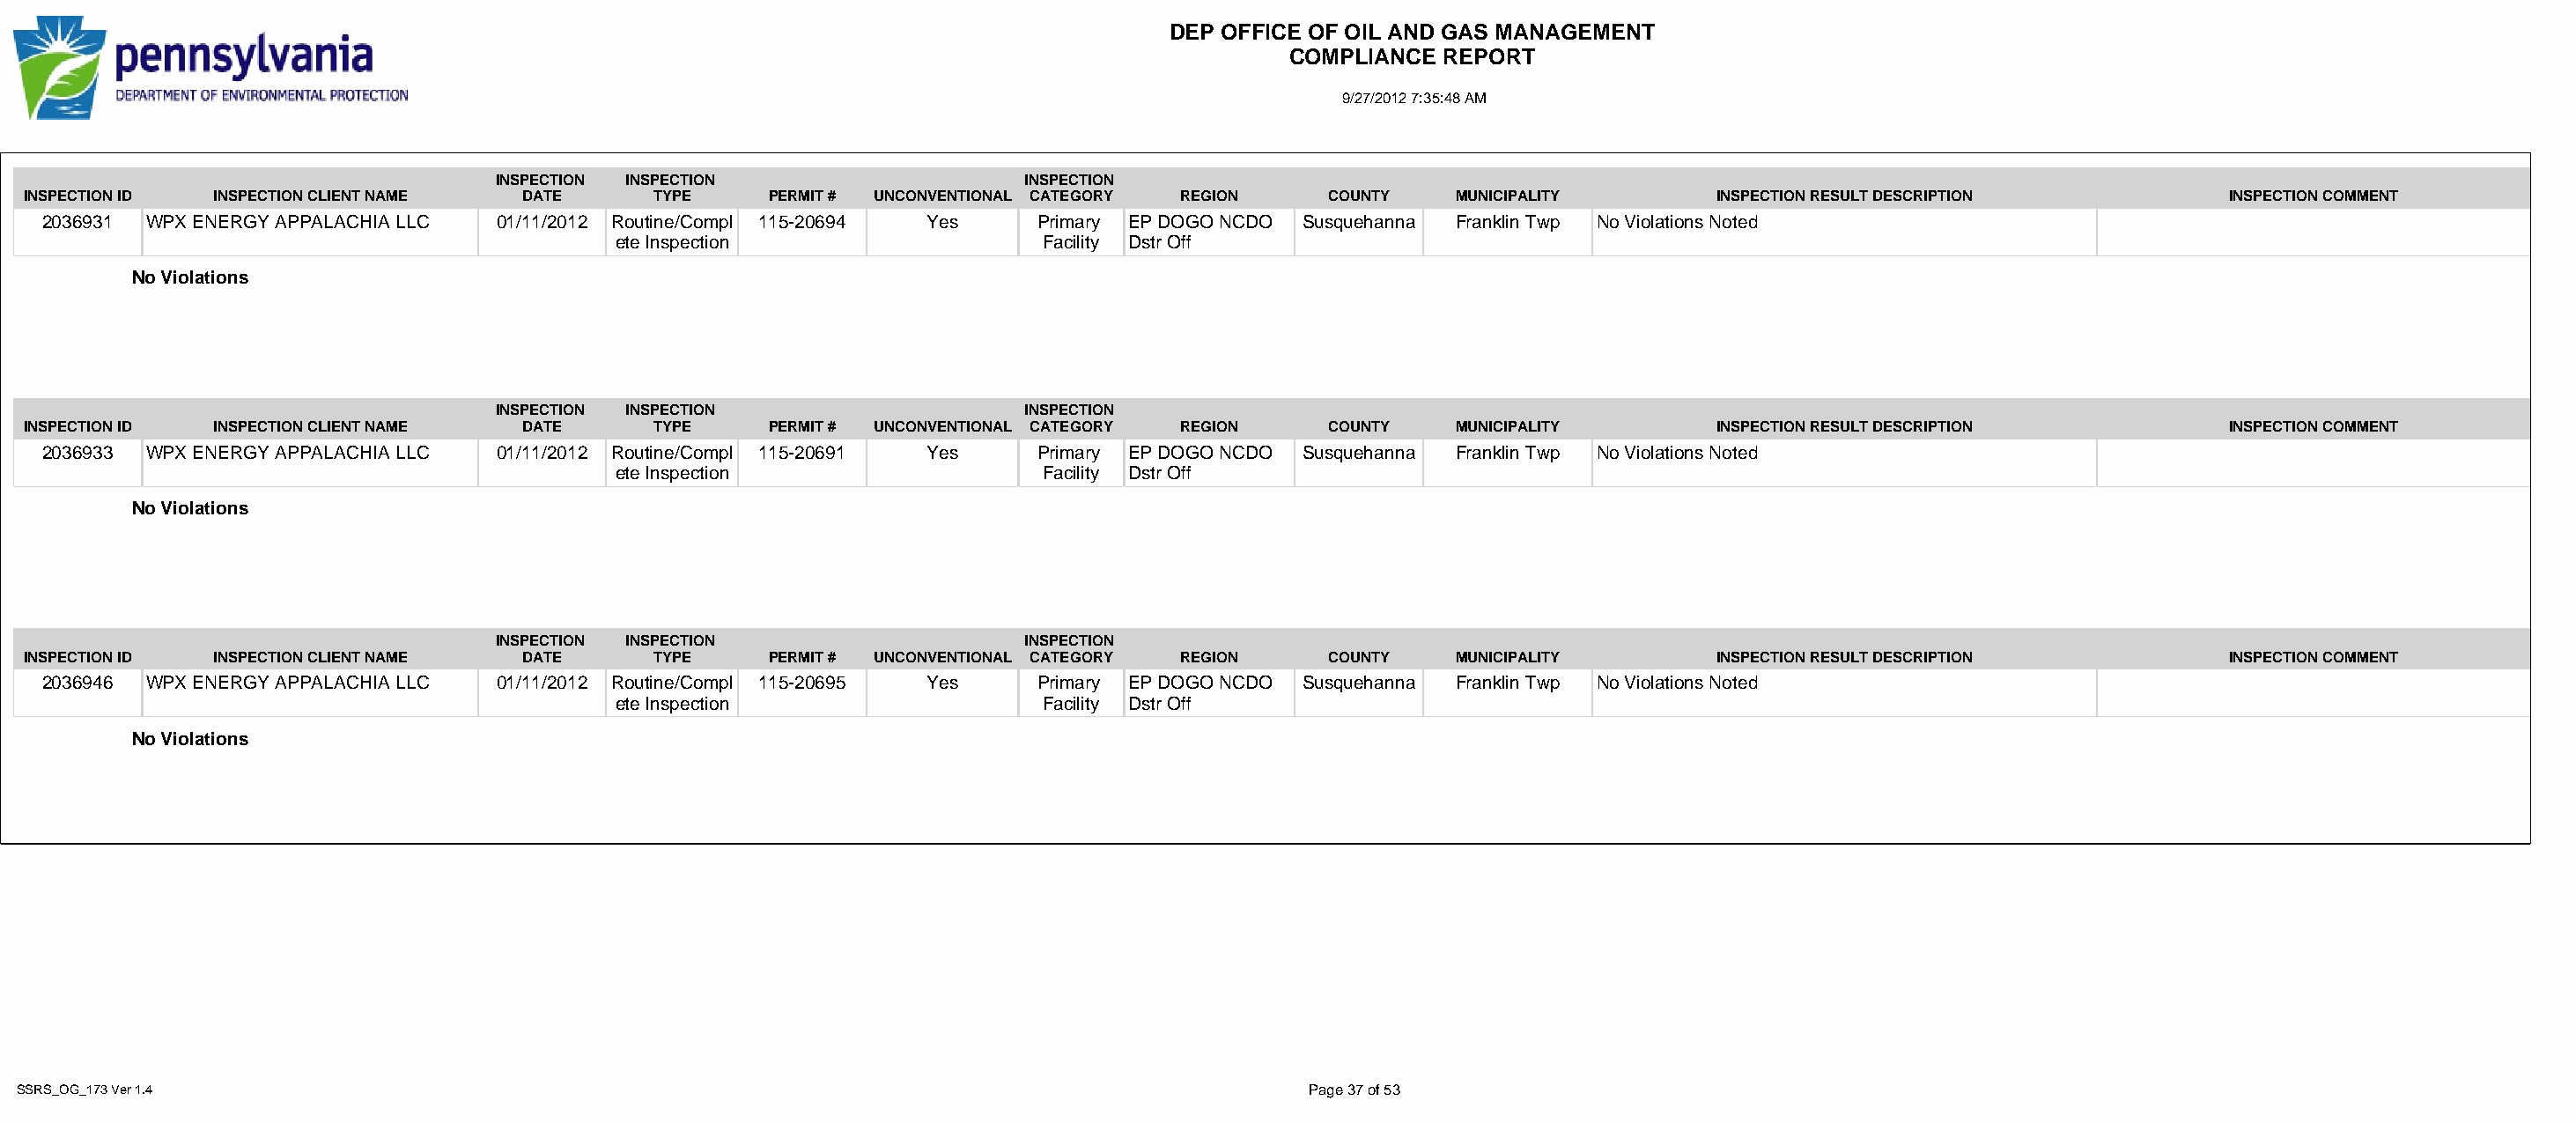
DEP OFFICE OF OIL AND GAS MANAGEMENT
 COMPLIANCE  REPORT
 9/27/2012 7:35:48 AM
 INSPECTION INSPECTION                   INSPECTION
 INSPECTION ID INSPECTION CLIENT NAME DATE      TYPE     PERMIT # UNCONVENTIONAL CATEGORY REGION   COUNTY   MUNICIPALITY        INSPECTION RESULT DESCRIPTION          INSPECTION COMMENT
 2036931 WPX ENERGY APPALACHIA LLC 01/11/2012 Routine/Compl 115-20694 Yes   Primary EP DOGO NCDO Susquehanna Franklin Twp No Violations Noted
 ete Inspection                  Facility Dstr Off
 No Violations
 INSPECTION INSPECTION                   INSPECTION
 INSPECTION ID INSPECTION CLIENT NAME DATE      TYPE     PERMIT # UNCONVENTIONAL CATEGORY REGION   COUNTY   MUNICIPALITY        INSPECTION RESULT DESCRIPTION          INSPECTION COMMENT
 2036933 WPX ENERGY APPALACHIA LLC 01/11/2012 Routine/Compl 115-20691 Yes   Primary EP DOGO NCDO Susquehanna Franklin Twp No Violations Noted
 ete Inspection                  Facility Dstr Off
 No Violations
 INSPECTION INSPECTION                   INSPECTION
 INSPECTION ID INSPECTION CLIENT NAME DATE      TYPE     PERMIT # UNCONVENTIONAL CATEGORY REGION   COUNTY   MUNICIPALITY        INSPECTION RESULT DESCRIPTION          INSPECTION COMMENT
 2036946 WPX ENERGY APPALACHIA LLC 01/11/2012 Routine/Compl 115-20695 Yes   Primary EP DOGO NCDO Susquehanna Franklin Twp No Violations Noted
 ete Inspection                  Facility Dstr Off
 No Violations
 SSRS_OG_173 Ver 1.4                                                                              Page 37 of 53